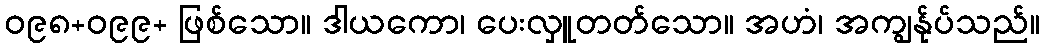
ဝ၉၈+ဝ၉၉+ ဖြစ်သော။ ဒါယကော၊ ပေးလှူတတ်သော။ အဟံ၊ အကျွန်ုပ်သည်။